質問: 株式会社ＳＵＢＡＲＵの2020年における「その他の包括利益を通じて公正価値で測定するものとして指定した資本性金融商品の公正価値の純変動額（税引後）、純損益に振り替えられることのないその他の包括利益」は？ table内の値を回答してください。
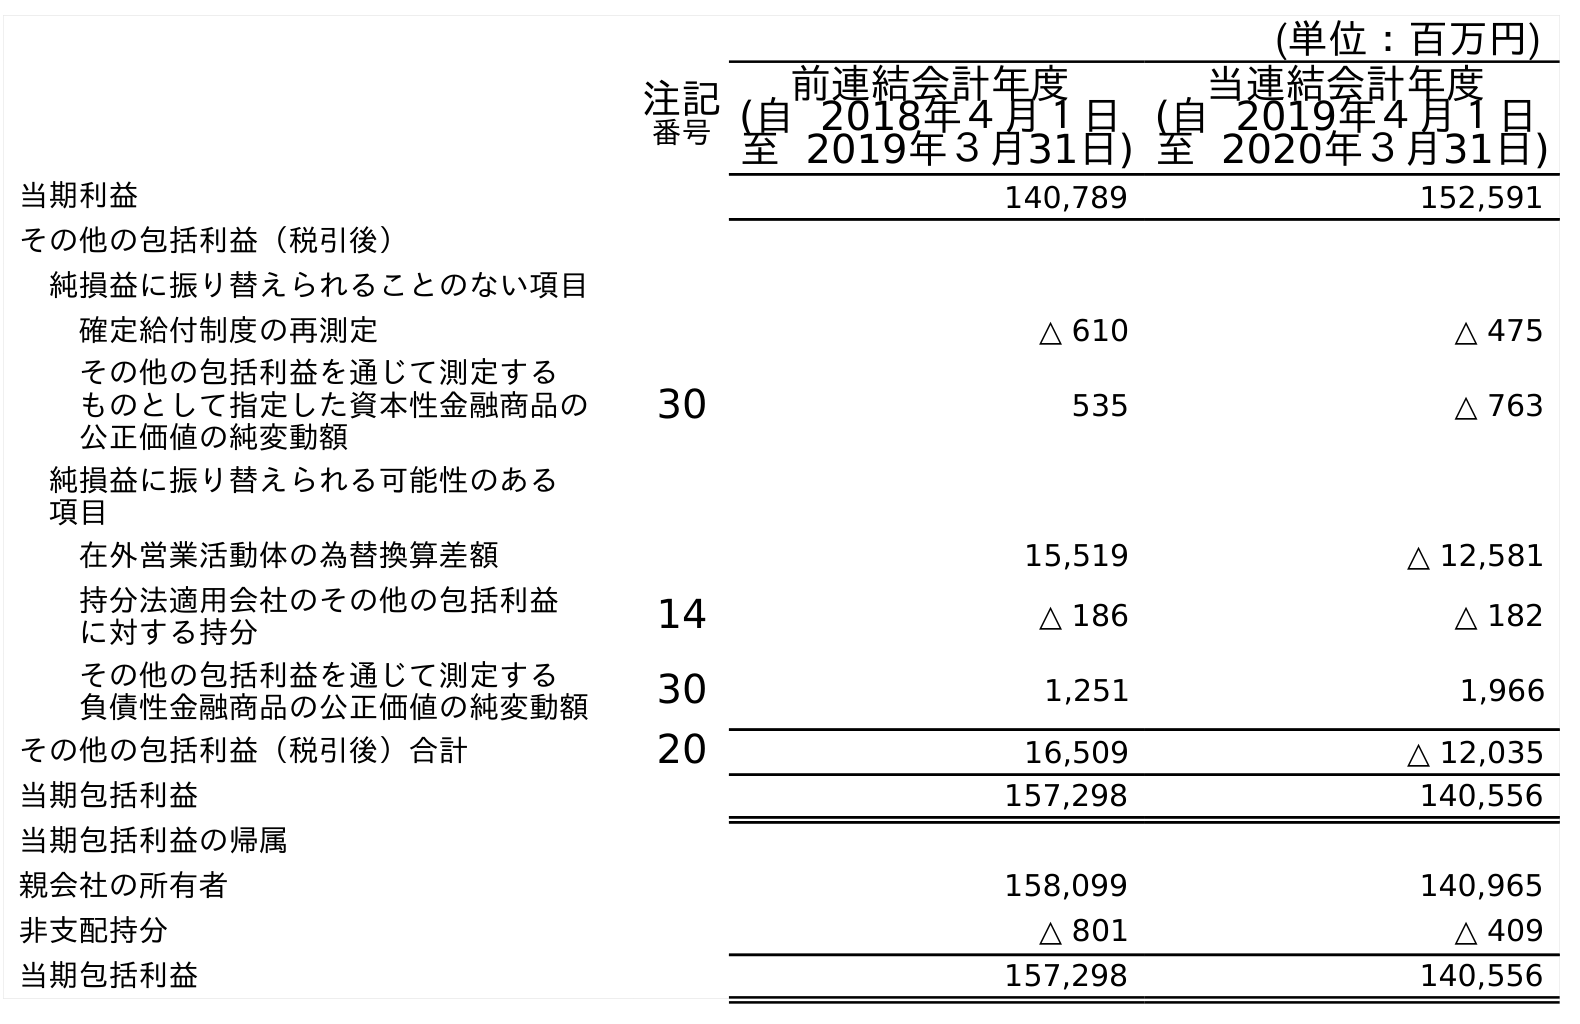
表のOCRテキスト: (単位：百万円) 注記 番号 前連結会計年度 (自 2018年４月１日 至 2019年３月31日) 当連結会計年度 (自 2019年４月１日 至 2020年３月31日) 当期利益 140,789 152,591 その他の包括利益（税引後） 純損益に振り替えられることのない項目 確定給付制度の再測定 △ 610 △ 475 その他の包括利益を通じて測定する ものとして指定した資本性金融商品の 公正価値の純変動額 30 535 △ 763 純損益に振り替えられる可能性のある 項目 在外営業活動体の為替換算差額 15,519 △ 12,581 持分法適用会社のその他の包括利益 に対する持分 14 △ 186 △ 182 その他の包括利益を通じて測定する 負債性金融商品の公正価値の純変動額 30 1,251 1,966 その他の包括利益（税引後）合計 20 16,509 △ 12,035 当期包括利益 157,298 140,556 当期包括利益の帰属 親会社の所有者 158,099 140,965 非支配持分 △ 801 △ 409 当期包括利益 157,298 140,556
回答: △763